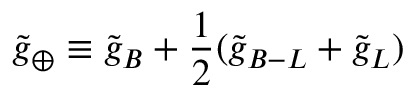
\ensuremath { \tilde { g } _ { \oplus } } \equiv \ensuremath { \tilde { g } _ { B } } + \frac { 1 } { 2 } ( \ensuremath { \tilde { g } _ { B - L } } + \ensuremath { \tilde { g } _ { L } } )